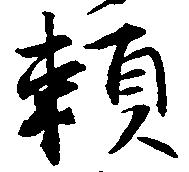
頼